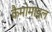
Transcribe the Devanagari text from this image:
कैमोमाइल